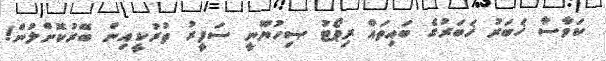
ކަވާސާ ޚަބަރު ޚަބަރުގެ ބައިތައް ރިޕޯޓު ޞިހުޔޫނީ ސަފީރު ތުރުކީއިން ބޭރުކޮށްލުން!